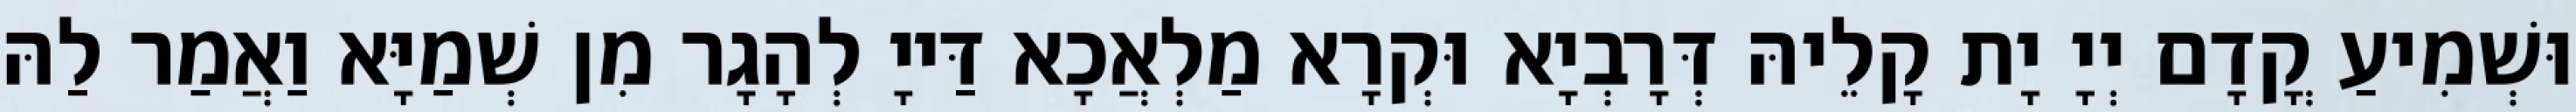
וּשְׁמִיעַ קֳדָם יְיָ יָת קָלֵיהּ דְּרָבְיָא וּקְרָא מַלְאֲכָא דַּייָ לְהָגָר מִן שְׁמַיָּא וַאֲמַר לַהּ